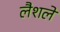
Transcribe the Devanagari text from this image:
लैशले